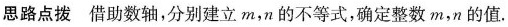
思路点拨借助数轴，分别建立m，n的不等式，确定整数m，n的值。